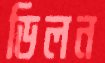
ডিলন